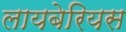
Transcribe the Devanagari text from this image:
लायबेरियस